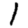
Digit: 1